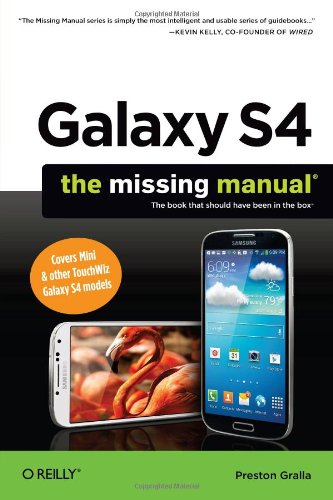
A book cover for Galaxy S4: The Missing Manual; Preston Gralla; Computers & Technology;